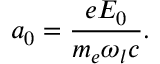
a _ { 0 } = \frac { e E _ { 0 } } { m _ { e } \omega _ { l } c } .